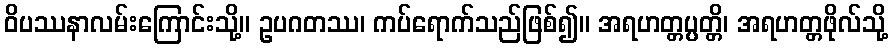
ဝိပဿနာလမ်းကြောင်းသို့။ ဥပဂတဿ၊ ကပ်ရောက်သည်ဖြစ်၍။ အရဟတ္တပ္ပတ္တိ၊ အရဟတ္တဖိုလ်သို့